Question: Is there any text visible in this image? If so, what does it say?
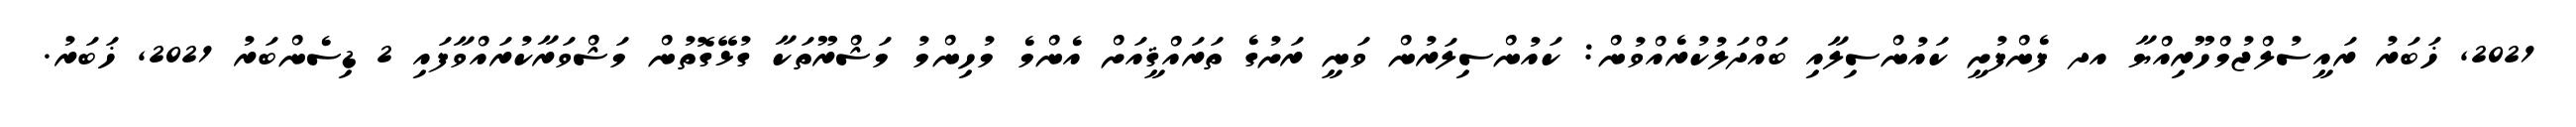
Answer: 2021, ޚަބަރު ރައީސުލްޖުމްހޫރިއްޔާ އދ ފެންފުށީ ކައުންސިލާއި ބައްދަލުކުރެއްވުން: ކައުންސިލަރުން ވަނީ ރަށުގެ ތަރައްޤީއަށް އެންމެ މުހިންމު މަޝްރޫތަކާ ގުޅޭގޮތުން މަޝްވަރާކުރައްވާފައި 2 ޑިސެންބަރު 2021, ޚަބަރު.